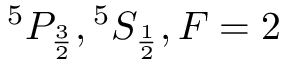
^ { 5 } P _ { \frac { 3 } { 2 } } , { } ^ { 5 } S _ { \frac { 1 } { 2 } } , F = 2